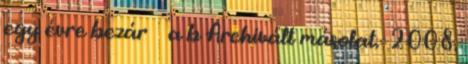
egy évre bezár ↑ a b Archivált másolat. 2008.